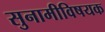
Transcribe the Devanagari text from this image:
सुनामीविषयक